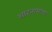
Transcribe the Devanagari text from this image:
शाहनामाचा